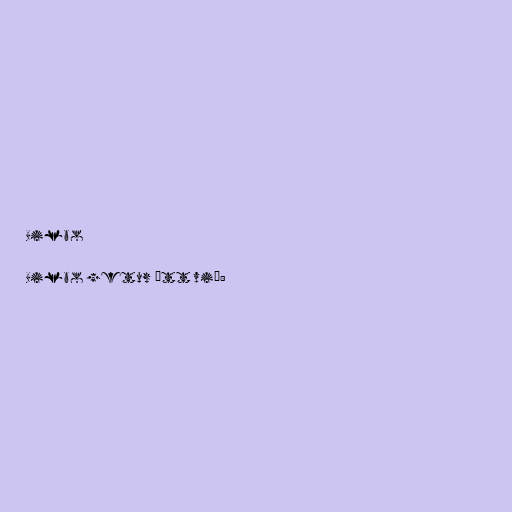
Bilbo

Bilbo getur átt við: